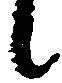
候